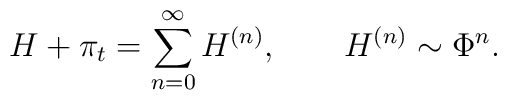
H + \pi_t=\sum_{n=0}^{\infty}H^{(n)}, \qquad  H^{(n)}\sim \Phi^n.